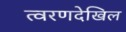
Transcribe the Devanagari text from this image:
त्वरणदेखिल